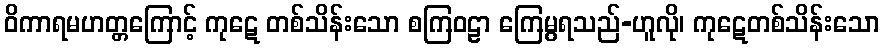
ဝိကာရမဟတ္တကြောင့် ကုဋေ တစ်သိန်းသော စကြဝဠာ ကြေမွရသည်-ဟူလို၊ ကုဋေတစ်သိန်းသော